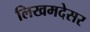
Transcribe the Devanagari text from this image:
लिखमदेसर